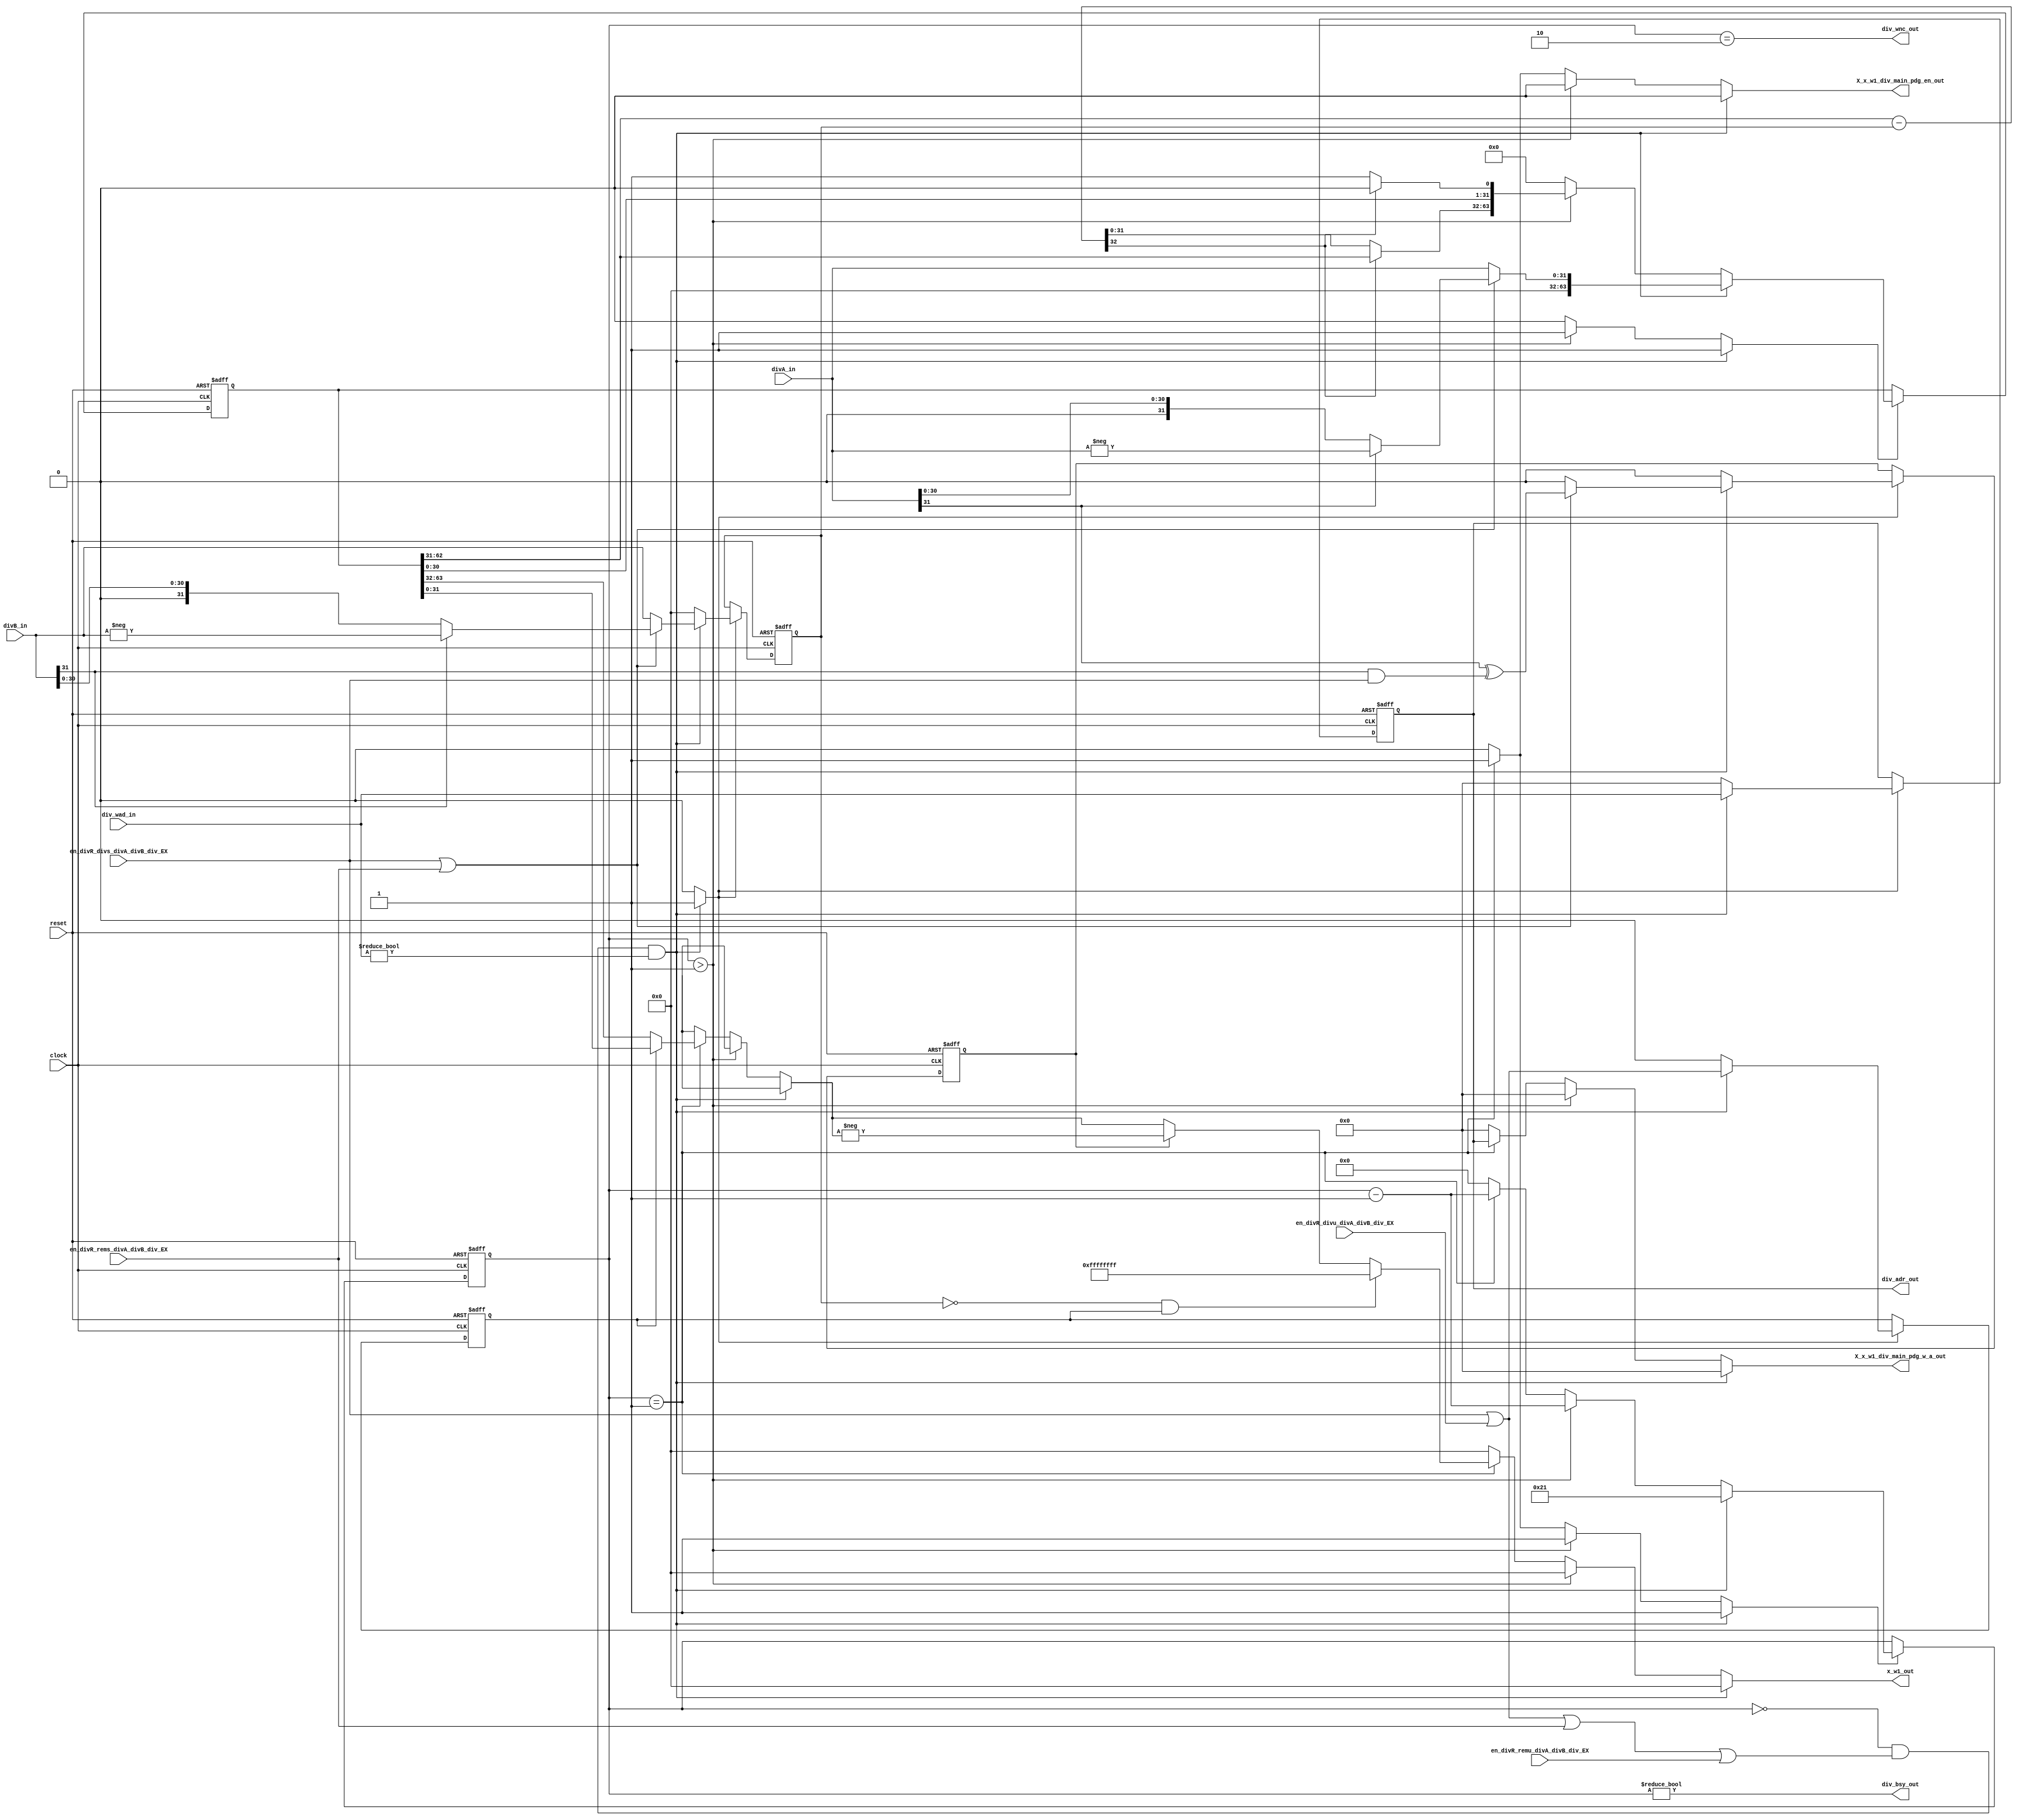

// File generated by Go version U-2022.12#33f3808fcb#221128, Thu Jan 25 16:08:15 2024
// Copyright 2014-2022 Synopsys, Inc. All rights reserved.
// go -I../lib -F -DSYNTHESIS_NO_UNGROUP -D__tct_patch__=0 -Verilog -otrv32p3_cnn_vlog -cgo_options.cfg -Itrv32p3_cnn_vlog/tmp_pdg -updg -updg_controller trv32p3_cnn



// module div : div

// File generated by pdg version U-2022.12#33f3808fcb#221128
// Copyright 2014-2022 Synopsys, Inc. All rights reserved.
// pdg -I../lib -D__go__ -Verilog -cgo_options.cfg -DSYNTHESIS_NO_UNGROUP -D__tct_patch__=0 +wtrv32p3_cnn_vlog/tmp_pdg trv32p3_cnn


`timescale 1ns/1ps

module div
  ( input                    reset,
    input                    clock,
    input              [4:0] div_wad_in,
    input      signed [31:0] divA_in,
    input      signed [31:0] divB_in,
    input                    en_divR_divs_divA_divB_div_EX,
    input                    en_divR_divu_divA_divB_div_EX,
    input                    en_divR_rems_divA_divB_div_EX,
    input                    en_divR_remu_divA_divB_div_EX,
    output reg         [4:0] X_x_w1_div_main_pdg_w_a_out,
    output reg               X_x_w1_div_main_pdg_en_out,
    output reg signed [31:0] x_w1_out,
    output reg               div_bsy_out,
    output reg         [4:0] div_adr_out,
    output reg               div_wnc_out
  );

  reg        [31:0] B;
  reg        [31:0] pdg_update_B;
  reg               pdg_we_B;
  reg        [63:0] PA;
  reg        [63:0] pdg_update_PA;
  reg               pdg_we_PA;
  reg         [4:0] Q_addr_reg;
  reg         [4:0] pdg_update_Q_addr_reg;
  reg               pdg_we_Q_addr_reg;
  reg         [5:0] cnt;
  reg         [5:0] pdg_update_cnt;
  reg               pdg_we_cnt;
  reg               is_div;
  reg               pdg_update_is_div;
  reg               pdg_we_is_div;
  reg               is_neg;
  reg               pdg_update_is_neg;
  reg               pdg_we_is_neg;

  // main
  always @ (*)
  begin : p_main
    reg               is_divs;
    reg               is_divu;
    reg               is_rems;
    reg               is_remu;
    reg               div_start;
    reg signed [31:0] divA_loc;
    reg signed [31:0] divB_loc;
    reg        [63:0] div_step_result;
    reg        [63:0] new_pa;
    reg        [32:0] diff;
    reg        [63:0] pa;
    reg        [31:0] t;
    reg signed [31:0] res;
    reg signed [31:0] res_0;

    X_x_w1_div_main_pdg_en_out = 1'b0;
    X_x_w1_div_main_pdg_w_a_out = 5'h0;
    x_w1_out = 32'sh0;

    divA_loc = 32'sh0;
    divB_loc = 32'sh0;
    div_step_result = 64'h0;
    new_pa = 64'h0;
    diff = 33'h0;
    pa = 64'h0;
    t = 32'h0;
    res = 32'sh0;
    res_0 = 32'sh0;

    pdg_we_B = 1'b0;
    pdg_update_B = 32'h0;
    pdg_we_PA = 1'b0;
    pdg_update_PA = 64'h0;
    pdg_we_Q_addr_reg = 1'b0;
    pdg_update_Q_addr_reg = 5'h0;
    pdg_we_cnt = 1'b0;
    pdg_update_cnt = 6'h0;
    pdg_we_is_div = 1'b0;
    pdg_update_is_div = 1'b0;
    pdg_we_is_neg = 1'b0;
    pdg_update_is_neg = 1'b0;

    is_divs = en_divR_divs_divA_divB_div_EX;
    is_divu = en_divR_divu_divA_divB_div_EX;
    is_rems = en_divR_rems_divA_divB_div_EX;
    is_remu = en_divR_remu_divA_divB_div_EX;
    div_start = cnt == 6'h0 && (is_divs || is_divu || is_rems || is_remu) && div_wad_in != 5'h0;
    if (div_start)
    begin
      if (is_divs || is_rems)
      begin
        if (divA_in[31])
        begin
          divA_loc = -divA_in;
        end
        else
        begin
          divA_loc = divA_in;
        end
        if (divB_in[31])
        begin
          divB_loc = -divB_in;
        end
        else
        begin
          divB_loc = divB_in;
        end
        pdg_we_is_neg = 1'b1;
        pdg_update_is_neg = divA_in[31] ^ divB_in[31] & is_divs;
      end
      else
      begin
        divA_loc = divA_in;
        divB_loc = divB_in;
        pdg_we_is_neg = 1'b1;
        pdg_update_is_neg = 1'b0;
      end
      pdg_we_PA = 1'b1;
      pdg_update_PA = {{32{1'b0}}, $unsigned(divA_loc)};
      pdg_we_B = 1'b1;
      pdg_update_B = $unsigned(divB_loc);
      pdg_we_Q_addr_reg = 1'b1;
      pdg_update_Q_addr_reg = div_wad_in;
      pdg_we_is_div = 1'b1;
      pdg_update_is_div = is_divs || is_divu;
      pdg_we_cnt = 1'b1;
      pdg_update_cnt = 6'h21;
    end
    else
    begin
      if (cnt > 6'h1)
      begin
        new_pa = PA << 1'b1;
        diff = {1'b0, new_pa[63 : 32]} - {1'b0, B};
        if (diff[32] == 1'b0)
        begin
          new_pa[63 : 32] = diff[31:0];
          new_pa[0] = 1'b1;
        end
        div_step_result = new_pa;
        pdg_we_PA = 1'b1;
        pdg_update_PA = div_step_result;
        pdg_we_cnt = 1'b1;
        pdg_update_cnt = cnt - 6'h1;
      end
      else
      begin
        if (cnt == 6'h1)
        begin
          pa = PA;
          if (is_div)
          begin
            t = pa[31 : 0];
          end
          else
          begin
            t = pa[63 : 32];
          end
          res = $signed(t);
          if (is_neg)
          begin
            res_0 = res;
            res = -res_0;
          end
          if (B == 32'h0 && is_div)
          begin
            res = -32'sh1;
          end
          X_x_w1_div_main_pdg_w_a_out = Q_addr_reg;
          X_x_w1_div_main_pdg_en_out = 1'b1;
          x_w1_out = res;
          pdg_we_cnt = 1'b1;
          pdg_update_cnt = cnt - 6'h1;
        end
      end
    end
  end //p_main

  // state_to_core
  always @ (*)
  begin : p_state_to_core

    div_adr_out = 5'h0;
    div_bsy_out = 1'b0;
    div_wnc_out = 1'b0;

    div_bsy_out = cnt != 6'h0;
    div_adr_out = Q_addr_reg;
    div_wnc_out = cnt == 6'h2;
  end //p_state_to_core



  always @ (posedge clock or posedge reset)
  begin : p_update_status
    if (reset)
    begin
      B <= 32'h0;
      PA <= 64'h0;
      Q_addr_reg <= 5'h0;
      cnt <= 6'h0;
      is_div <= 1'b0;
      is_neg <= 1'b0;
    end
    else
    begin
      if (pdg_we_B)
        B <= pdg_update_B;
      if (pdg_we_PA)
        PA <= pdg_update_PA;
      if (pdg_we_Q_addr_reg)
        Q_addr_reg <= pdg_update_Q_addr_reg;
      if (pdg_we_cnt)
        cnt <= pdg_update_cnt;
      if (pdg_we_is_div)
        is_div <= pdg_update_is_div;
      if (pdg_we_is_neg)
        is_neg <= pdg_update_is_neg;
    end
  end // p_update_status

endmodule // div